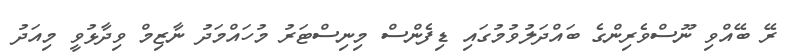
ރޭ ބޭއްވި ނޫސްވެރިންގެ ބައްދަލުވުމުގައި ޑިފެންސް މިނިސްޓަރު މުހައްމަދު ނާޒިމް ވިދާޅުވީ މިއަދު